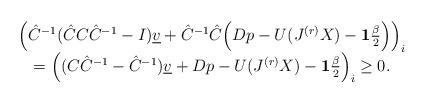
LaTeX: \begin{align*} \begin{array}{cc} \Big(\hat{C}^{-1} (\hat{C}C\hat{C}^{-1}-I)\underline{v} + \hat{C}^{-1} \hat{C}\Big(Dp - U(J^{(r)}X) - \mathbf{1}\frac{\beta}{2} \Big) \Big)_i \\ =\Big( (C\hat{C}^{-1}-\hat{C}^{-1})\underline{v} + Dp - U(J^{(r)}X) - \mathbf{1}\frac{\beta}{2} \Big)_i\geq 0. \end{array} \end{align*}